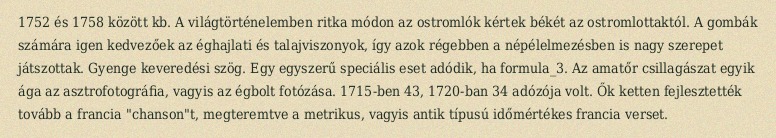
1752 és 1758 között kb. A világtörténelemben ritka módon az ostromlók kértek békét az ostromlottaktól. A gombák számára igen kedvezőek az éghajlati és talajviszonyok, így azok régebben a népélelmezésben is nagy szerepet játszottak. Gyenge keveredési szög. Egy egyszerű speciális eset adódik, ha formula_3. Az amatőr csillagászat egyik ága az asztrofotográfia, vagyis az égbolt fotózása. 1715-ben 43, 1720-ban 34 adózója volt. Ők ketten fejlesztették tovább a francia "chanson"t, megteremtve a metrikus, vagyis antik típusú időmértékes francia verset.